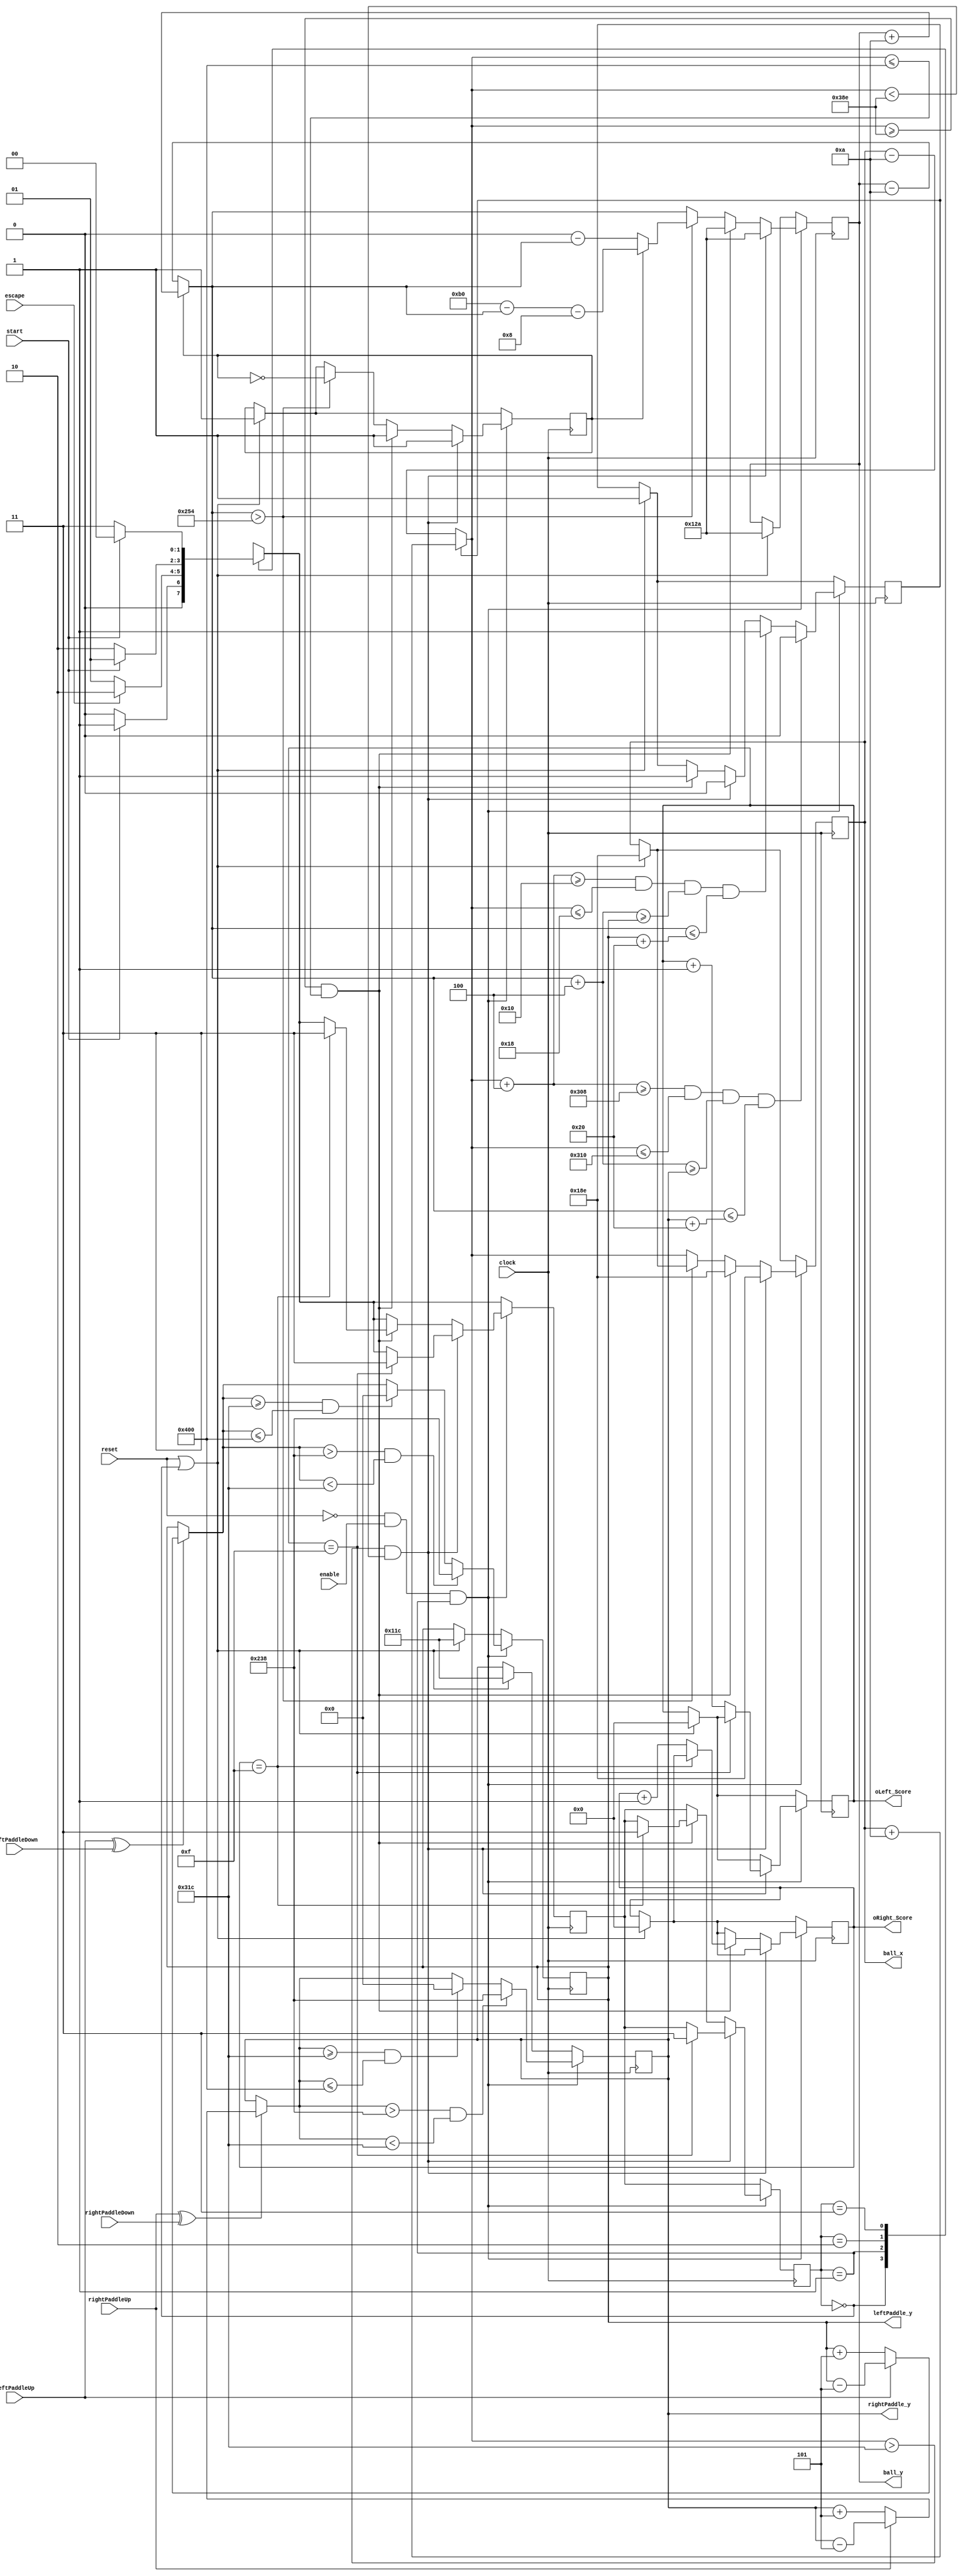
module PongController(input clock, reset, enable, escape, leftPaddleUp, leftPaddleDown, rightPaddleUp, rightPaddleDown, start, output reg [9:0] ball_x, ball_y, leftPaddle_y, rightPaddle_y, output reg [3:0] oLeft_Score, oRight_Score);
	parameter X_SCREEN_PIXELS = 10'd800;
	parameter Y_SCREEN_PIXELS = 10'd600;
	parameter PADDLE_HEIGHT = 7'd32;
	parameter PADDLE_DEPTH = 7'd8;
	parameter BALL_RADIUS = 4;
	parameter LEFT_PADDLE_X = 7'd16;
	parameter RIGHT_PADDLE_X = X_SCREEN_PIXELS - LEFT_PADDLE_X - PADDLE_DEPTH;
	wire [9:0] nBall_x, nBall_y;
	wire [9:0] nLeftPaddle_y, nRightPaddle_y;
	reg vx_pos, vy_pos;
	parameter vx = 10;
	parameter vy = 10;
	parameter leftPaddle_vy = 5;
	parameter rightPaddle_vy = 5;
	
	reg endGame;
	
	wire [3:0] vpaddle;
	
	initial begin
		vx_pos <= 1;
		vy_pos <= 1;
		oLeft_Score <= 0;
		oRight_Score <= 0;
		ball_x <= 398;// (X_SCREEN_PIXELS - BALL_RADIUS)/2
		ball_y <= 298;// (Y_SCREEN_PIXELS - BALL_RADIUS)/2
		leftPaddle_y <= 284;// (Y_SCREEN_PIXELS - PADDLE_HEIGHT)/2
		rightPaddle_y <= 284;// (Y_SCREEN_PIXELS - PADDLE_HEIGHT)/2
		endGame <= 0;
	end
	
	assign nBall_x = (vx_pos) ? ball_x + vx :  ball_x - vx;
	assign nBall_y = (vy_pos) ? ball_y + vy :  ball_y - vy;
	assign nLeftPaddle_y = (leftPaddleUp ^ leftPaddleDown) ? ((leftPaddleUp) ? leftPaddle_y - leftPaddle_vy : leftPaddle_y + leftPaddle_vy) : leftPaddle_y;
	assign nRightPaddle_y = (rightPaddleUp ^ rightPaddleDown) ? ((rightPaddleUp) ? rightPaddle_y - rightPaddle_vy : rightPaddle_y + rightPaddle_vy) : rightPaddle_y;
	
	reg [1:0] currentState, nextState;
	localparam 	START_MENU 	= 2'd0,
				GAME		= 2'd1,
				PAUSE_MENU	= 2'd2,
				END_MENU	= 2'd3;
	initial begin
		currentState	<= START_MENU;
		nextState		<= START_MENU;
	end
	
	always@ (posedge clock) begin // main game loop
		if (reset) begin
			currentState	<= START_MENU;
			nextState		<= START_MENU;
		end
		case (currentState)
			START_MENU: nextState <= (start) ? GAME : START_MENU;
			GAME: nextState <= (escape) ? PAUSE_MENU : GAME;
			PAUSE_MENU: nextState <= (start) ? GAME : PAUSE_MENU;
			END_MENU: nextState <= (start) ? START_MENU : END_MENU;
		endcase
		currentState <= nextState;
		if (reset || currentState == START_MENU) begin
			vx_pos <= 1;
			vy_pos <= 1;
			oLeft_Score <= 0;
			oRight_Score <= 0;
			ball_x <= 398;// (X_SCREEN_PIXELS - BALL_RADIUS)/2
			ball_y <= 298;// (Y_SCREEN_PIXELS - BALL_RADIUS)/2
			leftPaddle_y <= 284;// (Y_SCREEN_PIXELS - PADDLE_HEIGHT)/2
			rightPaddle_y <= 284;// (Y_SCREEN_PIXELS - PADDLE_HEIGHT)/2
			endGame <= 0;
		end
		if (!reset && enable && currentState == GAME) begin
			// out of bounds check
			if (nBall_x > X_SCREEN_PIXELS - BALL_RADIUS && nBall_x < X_SCREEN_PIXELS + 112 - BALL_RADIUS/2) begin
				ball_x <= 398;// (X_SCREEN_PIXELS - BALL_RADIUS)/2
				ball_y <= 298;// (Y_SCREEN_PIXELS - BALL_RADIUS)/2
				vx_pos <= 0;
				vy_pos <= 1;
				if (oLeft_Score == 4'd15) begin
					currentState <= END_MENU;
					nextState <= END_MENU;
				end
				else
					oLeft_Score <= oLeft_Score + 1;
			end
			else if (nBall_x >= X_SCREEN_PIXELS + 112 - BALL_RADIUS/2 && nBall_x <= 1024) begin
				ball_x <= 398;// (X_SCREEN_PIXELS - BALL_RADIUS)/2
				ball_y <= 298;// (Y_SCREEN_PIXELS - BALL_RADIUS)/2
				vx_pos <= 1;
				vy_pos <= 1;
				if (oRight_Score == 4'd15) begin
					currentState <= END_MENU;
					nextState <= END_MENU;
				end
				else
					oRight_Score <= oRight_Score + 1;
			end
			else if (nBall_y > Y_SCREEN_PIXELS - BALL_RADIUS) begin
				ball_y <= (vy_pos) ? 2 * Y_SCREEN_PIXELS - nBall_y - 2 * BALL_RADIUS : (1024 - nBall_y);// Y_SCREEN_PIXELS - ((nBall_y + BALL_RADIUS) - Y_SCREEN_PIXELS) - BALL_RADIUS : 1024 = 2^10
				vy_pos <= !vy_pos;
			end
			else begin
				ball_x <= nBall_x;
				ball_y <= nBall_y;
			end
			// paddle interactions
			if (nBall_x + BALL_RADIUS >= LEFT_PADDLE_X && nBall_x <= LEFT_PADDLE_X + PADDLE_DEPTH && nBall_y + BALL_RADIUS >= leftPaddle_y && nBall_y <= leftPaddle_y + PADDLE_HEIGHT) begin
				vx_pos <= 1;
				// score update
			end
			if (nBall_x + BALL_RADIUS >= RIGHT_PADDLE_X && nBall_x <= RIGHT_PADDLE_X + PADDLE_DEPTH && nBall_y + BALL_RADIUS >= rightPaddle_y && nBall_y <= rightPaddle_y + PADDLE_HEIGHT) begin
				vx_pos <= 0;
				// score update
			end
			if (nLeftPaddle_y > Y_SCREEN_PIXELS - PADDLE_HEIGHT && nLeftPaddle_y < Y_SCREEN_PIXELS - PADDLE_HEIGHT/2 + 212)
				leftPaddle_y <= Y_SCREEN_PIXELS - PADDLE_HEIGHT;
			else if (nLeftPaddle_y >= Y_SCREEN_PIXELS - PADDLE_HEIGHT/2 + 212 && nLeftPaddle_y <= 1024)
				leftPaddle_y <= 0;
			else
				leftPaddle_y <= nLeftPaddle_y;
			if (nRightPaddle_y > Y_SCREEN_PIXELS - PADDLE_HEIGHT && nRightPaddle_y < Y_SCREEN_PIXELS - PADDLE_HEIGHT/2 + 212)
				rightPaddle_y <= Y_SCREEN_PIXELS - PADDLE_HEIGHT;
			else if (nRightPaddle_y >= Y_SCREEN_PIXELS - PADDLE_HEIGHT/2 + 212 && nRightPaddle_y <= 1024)
				rightPaddle_y <= 0;
			else
				rightPaddle_y <= nRightPaddle_y;
		end
	end
endmodule